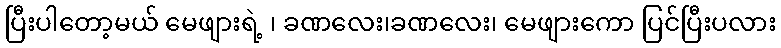
ပြီးပါတော့မယ် မေဖျားရဲ့ ၊ ခဏလေး၊ခဏလေး၊ မေဖျားကော ပြင်ပြီးပလား